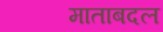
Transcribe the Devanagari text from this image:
माताबदल